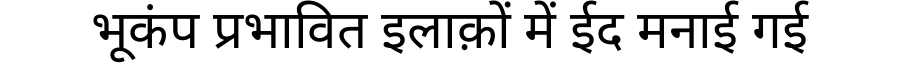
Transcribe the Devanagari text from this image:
भूकंप प्रभावित इलाक़ों में ईद मनाई गई